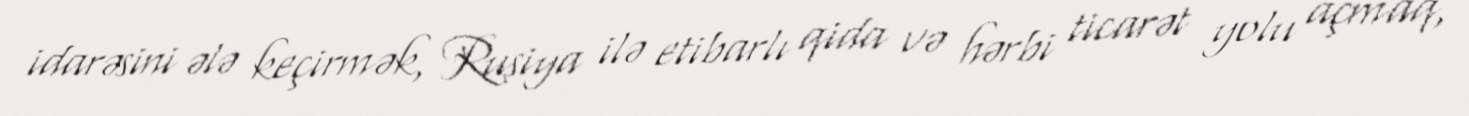
idarəsini ələ keçirmək, Rusiya ilə etibarlı qida və hərbi ticarət yolu açmaq,